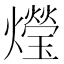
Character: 𤑚